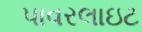
પાવરલાઇટ